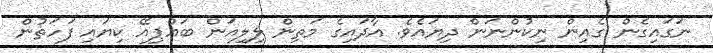
ނަގައިގެން ގެއިން ނިކުންނަން ދިޔައެވެ. އާދައިގެ މަތިން ލިލިއަން ބައްޕިއޭ ކިޔައި ފަހަތުން